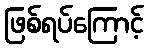
ဖြစ်ရပ်ကြောင့်